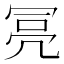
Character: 𠖍